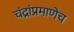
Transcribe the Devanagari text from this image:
चंद्रांप्रमाणेच